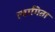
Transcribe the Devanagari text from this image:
त्यागिता